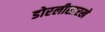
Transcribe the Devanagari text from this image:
डोरलीसारखे